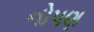
નોપણ